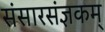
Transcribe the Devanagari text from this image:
संसारसंज्ञकम्